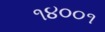
૧૪૦૦૧